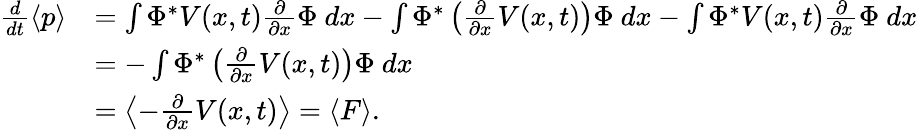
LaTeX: {\begin{array}{rl}{{\frac{d}{dt}}\langle p\rangle}&{=\int\Phi^{*}V(x,t){\frac{\partial}{\partial x}}\Phi~dx-\int\Phi^{*}\left({\frac{\partial}{\partial x}}V(x,t)\right)\Phi~dx-\int\Phi^{*}V(x,t){\frac{\partial}{\partial x}}\Phi~dx}\\ &{=-\int\Phi^{*}\left({\frac{\partial}{\partial x}}V(x,t)\right)\Phi~dx}\\ &{=\left\langle-{\frac{\partial}{\partial x}}V(x,t)\right\rangle=\langle F\rangle.}\end{array}}